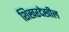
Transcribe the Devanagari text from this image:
शिखरदेखील